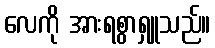
လေကို အားရစွာရှူသည်။